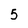
Character: 5